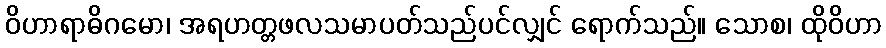
ဝိဟာရာဓိဂမော၊ အရဟတ္တဖလသမာပတ်သည်ပင်လျှင် ရောက်သည်။ သောစ၊ ထိုဝိဟာ